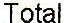
TOTAL